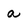
Character: a